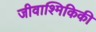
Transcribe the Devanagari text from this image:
जीवाश्मिकिकी